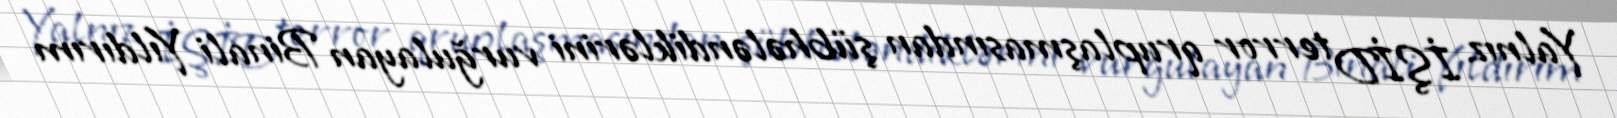
Yalnız İŞİD terror qruplaşmasından şübhələndiklərini vurğulayan Binali Yıldırım